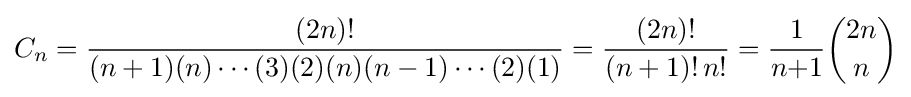
C_{n}={\frac {(2n)!}{(n+1)(n)\cdots (3)(2)(n)(n-1)\cdots (2)(1)}}={\frac {(2n)!}{(n+1)!\,n!}}={\frac {1}{n{+}1}}{\binom {2n}{n}}